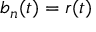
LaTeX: b _ { n } ( t ) = r ( t )